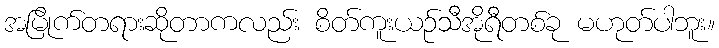
အမြိုက်တရားဆိုတာကလည်း စိတ်ကူးယဉ်သီအိုရီတစ်ခု မဟုတ်ပါဘူး။